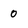
Character: 0